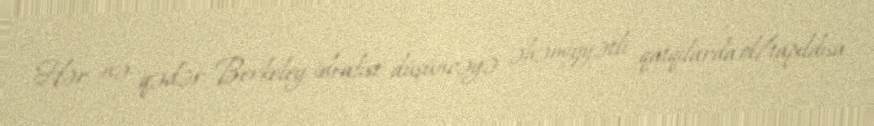
Hər nə qədər Berkeley idealist düşüncəyə əhəmiyyətli qatqılarda ol/tapıldısa